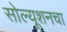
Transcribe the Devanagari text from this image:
सोल्यूशनचा